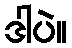
ဒါပဲ။